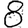
Digit: 8